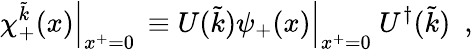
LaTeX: \chi_{+}^{\tilde{k}}(x){\Bigl\vert}_{x^{+}=0}\, \equiv U(\tilde{k})\psi_{+}(x){\Bigl\vert}_{x^{+}=0}~U^{\dagger}(\tilde{k})~~,